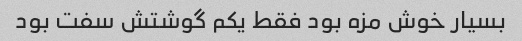
بسیار خوش مزه بود فقط یکم گوشتش سفت بود